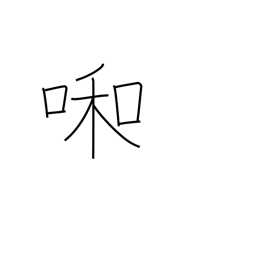
Meaning: weeping child